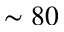
\sim 8 0